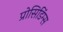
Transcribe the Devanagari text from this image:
प्रोसिडिंग्स